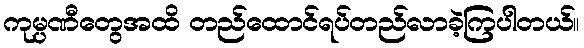
ကုမ္ပဏီတွေအထိ တည်ထောင်ရပ်တည်လာခဲ့ကြပါတယ်။